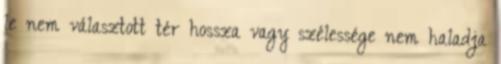
le nem választott tér hossza vagy szélessége nem haladja